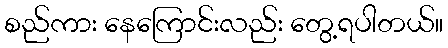
စည်ကား နေကြောင်းလည်း တွေ့ရပါတယ်။